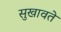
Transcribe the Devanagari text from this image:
सुखावते